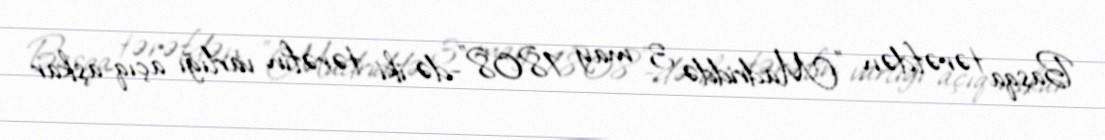
Başqa tərəfdən "Madriddə 3 may 1808"-də iki tərəfin varlığı açıq-aşkar